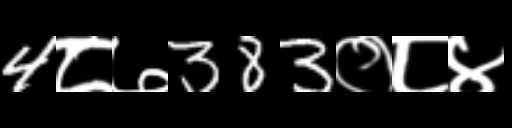
Text: 4८७383०८४